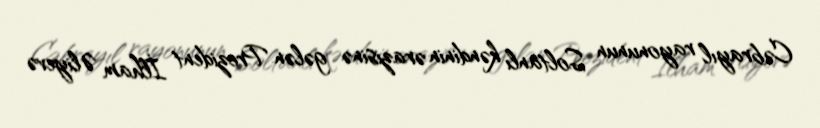
Cəbrayıl rayonunun Soltanlı kəndinin ərazisinə gələn Prezident İlham Əliyevə